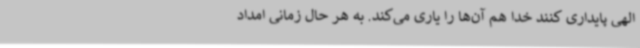
الهی پایداری کنند خدا هم آن‌ها را یاری می‌کند. به هر حال زمانی امداد